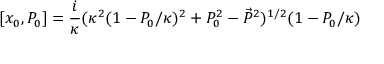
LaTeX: [ x _ { 0 } , P _ { 0 } ] = \frac { i } { \kappa } ( \kappa ^ { 2 } ( 1 - P _ { 0 } / \kappa ) ^ { 2 } + P _ { 0 } ^ { 2 } - \vec { P } ^ { 2 } ) ^ { 1 / 2 } ( 1 - P _ { 0 } / \kappa )